Leaving Certificate Examination (including Day School Certificate (Higher) General paper), 1930
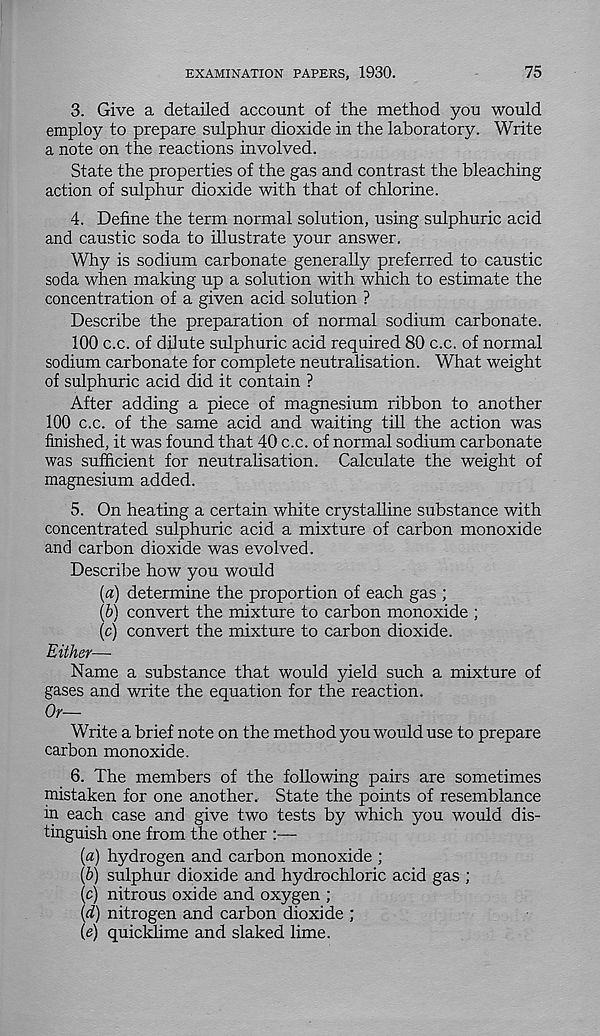
EXAMINATION PAPERS, 1930.
75
3. Give a detailed account of the method you would
employ to prepare sulphur dioxide in the laboratory. Write
a note on the reactions involved.
State the properties of the gas and contrast the bleaching
action of sulphur dioxide with that of chlorine.
4. Define the term normal solution, using sulphuric acid
and caustic soda to illustrate your answer.
Why is sodium carbonate generally preferred to caustic
soda when making up a solution with which to estimate the
concentration of a given acid solution ?
Describe the preparation of normal sodium carbonate.
100 c.c. of dilute sulphuric acid required 80 c.c. of normal
sodium carbonate for complete neutralisation. What weight
of sulphuric acid did it contain ?
After adding a piece of magnesium ribbon to another
100 c.c. of the same acid and waiting till the action was
finished, it was found that 40 c.c. of normal sodium carbonate
was sufficient for neutralisation. Calculate the weight of
magnesium added.
5. On heating a certain white crystalline substance with
concentrated sulphuric acid a mixture of carbon monoxide
and carbon dioxide was evolved.
Describe how you would
(a) determine the proportion of each gas ;
(b) convert the mixture to carbon monoxide ;
(c) convert the mixture to carbon dioxide.
Either—
Name a substance that would yield such a mixture of
gases and write the equation for the reaction.
Or—
Write a brief note on the method you would use to prepare
carbon monoxide.
6. The members of the following pairs are sometimes
mistaken for one another. State the points of resemblance
in each case and give two tests by which you would dis-
tinguish one from the other :—
{a) hydrogen and carbon monoxide ;
(b) sulphur dioxide and hydrochloric acid gas ;
(c) nitrous oxide and oxygen ;
(d) nitrogen and carbon dioxide ;
(e) quiddime and slaked lime.